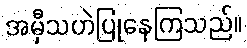
အမှီသဟဲပြုနေကြသည်။